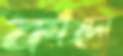
কাঁদো